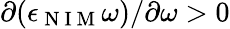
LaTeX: \partial(\epsilon_{\mathrm{~N~I~M~}}\omega)/\partial\omega>0